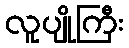
လူပျိုကြီး